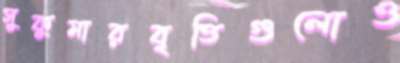
সুকুমারবৃত্তিগুলোও